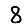
Digit: 8